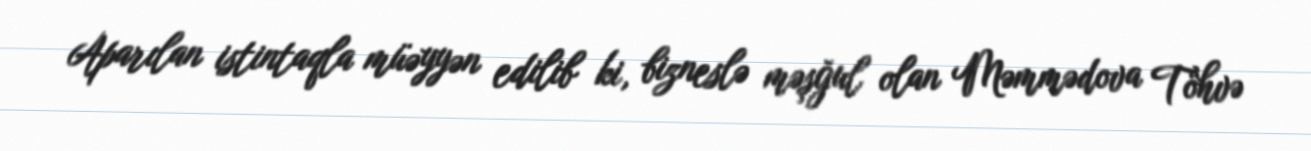
Aparılan istintaqla müəyyən edilib ki, bizneslə məşğul olan Məmmədova Töhvə